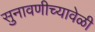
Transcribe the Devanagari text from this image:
सुनावणीच्यावेळी